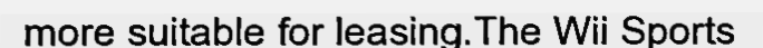
more suitable for leasing.The Wii Sports